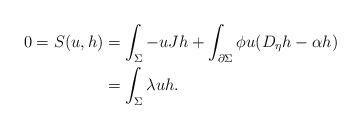
LaTeX: \begin{align*}0=S(u,h)&=\int_{\Sigma}-uJh+\int_{\partial \Sigma} \phi u(D_{\eta} h-\alpha h)\\&=\int_\Sigma \lambda uh.\end{align*}